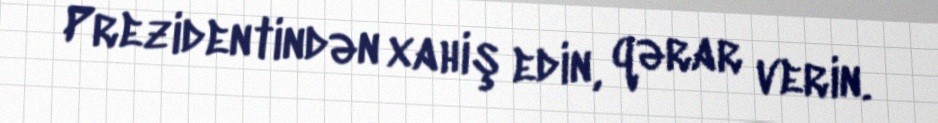
Prezidentindən xahiş edin, qərar verin.